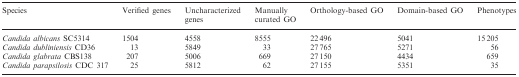
<table><thead><tr><td><b>Species</b></td><td><b>Verified genes</b></td><td><b>Uncharacterized genes</b></td><td><b>Manually curated GO</b></td><td><b>Orthology-based GO</b></td><td><b>Domain-based GO</b></td><td><b>Phenotypes</b></td></tr></thead><tbody><tr><td><i>Candida albicans</i> SC5314</td><td>1504</td><td>4558</td><td>8555</td><td>22 496</td><td>5041</td><td>15 205</td></tr><tr><td><i>Candida dubliniensis</i> CD36</td><td>13</td><td>5849</td><td>33</td><td>27 765</td><td>5271</td><td>56</td></tr><tr><td><i>Candida glabrata</i> CBS138</td><td>207</td><td>5006</td><td>669</td><td>27 150</td><td>4434</td><td>659</td></tr><tr><td><i>Candida parapsilosis</i> CDC 317</td><td>25</td><td>5812</td><td>62</td><td>27 155</td><td>5351</td><td>35</td></tr></tbody></table>